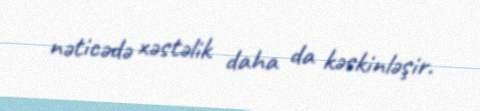
nəticədə xəstəlik daha da kəskinləşir.